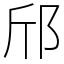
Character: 邤